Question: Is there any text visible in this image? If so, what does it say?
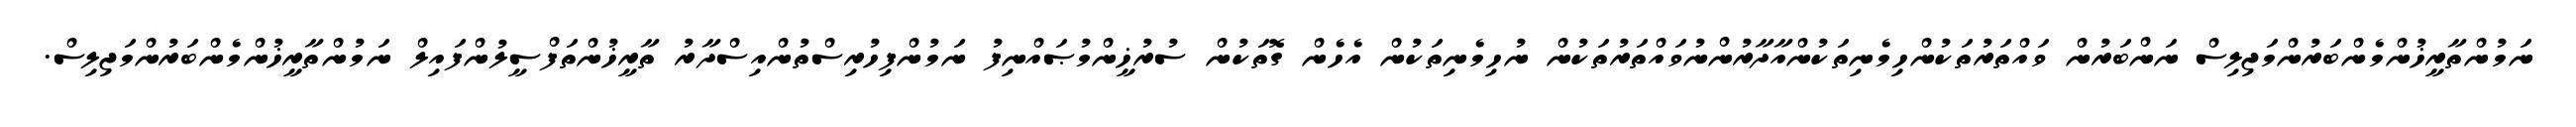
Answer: ނަމުންތާރީޚުންމެންބަރުންމަޖިލިސް ނަންބަރުން ވައްތަރުތަކުންހިމެނިތަކުންއާދާރުންނުވައްތަރުތަކުން ނުހިމެނިތަކުން އެހެން ގޮތަކުން ސުރުޚީންމުޞައްނިފު ނަމުންފިހުރިސްތުންއިސްދާރު ތާރީޚުންތަފްސީލުންފައިލް ނަމުންތާރީޚުންމެންބަރުންމަޖިލިސް.